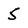
Character: 5